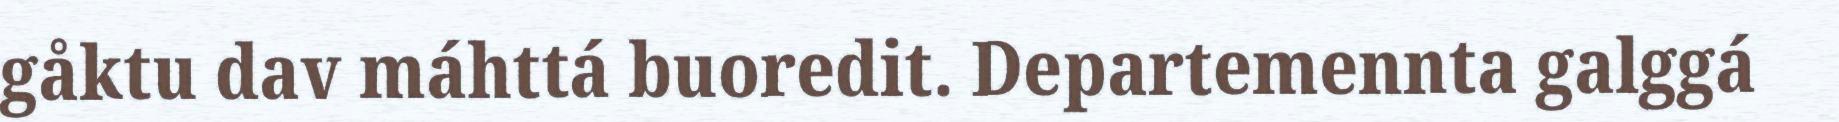
gåktu dav máhttá buoredit. Departemennta galggá